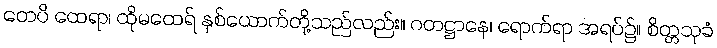
တေပိ ထေရာ၊ ထိုမထေရ် နှစ်ယောက်တို့သည်လည်း။ ဂတဋ္ဌာနေ၊ ရောက်ရာ အရပ်၌။ စိတ္တသုခံ